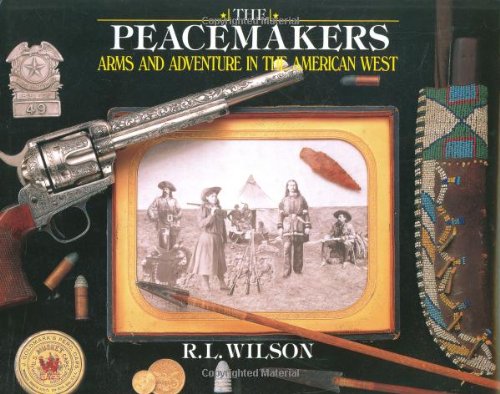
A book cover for Peacemakers: Arms and Adventure in the American West; R.L. Wilson; Crafts, Hobbies & Home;